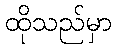
ထိုသည်မှာ